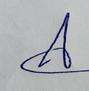
Signature authenticity: genuine